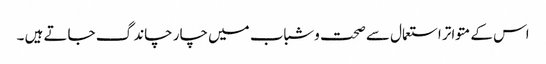
اس کے متواتر استعمال سے صحت وشباب میں چار چاند گ جاتے ہیں ۔